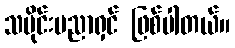
သမိုင်းပညာရှင် ဖြစ်ပါတယ်။